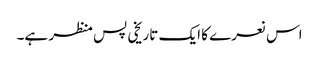
اس نعرے کا ایک تاریخی پس منظر ہے۔